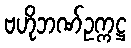
ဗဟိုဘဏ်ဥက္ကဋ္ဌ